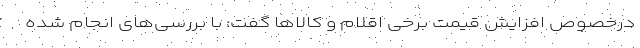
درخصوص افزایش قیمت برخی اقلام و کالاها گفت: با بررسی‌های انجام شده